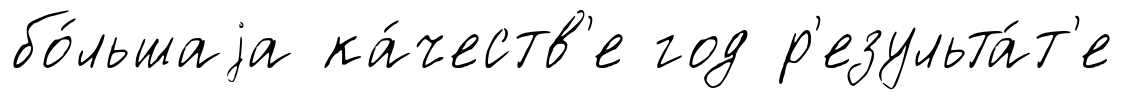
бо́льшаjа ка́честв'е год р'езульта́т'е